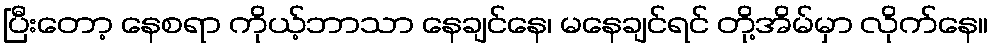
ပြီးတော့ နေစရာ ကိုယ့်ဘာသာ နေချင်နေ၊ မနေချင်ရင် တို့အိမ်မှာ လိုက်နေ။